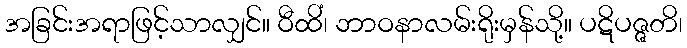
အခြင်းအရာဖြင့်သာလျှင်။ ဝီထိံ၊ ဘာဝနာလမ်းရိုးမှန်သို့။ ပဋိပဇ္ဇတိ၊